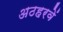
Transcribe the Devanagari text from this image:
अठहरवें